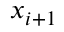
x _ { i + 1 }